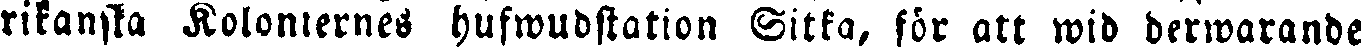
rikanska Kolonernes hufwudstation Sitka, för att wid derwarande